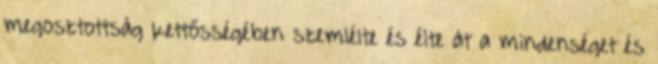
megosztottság kettősségében szemlélte és élte át a mindenséget és